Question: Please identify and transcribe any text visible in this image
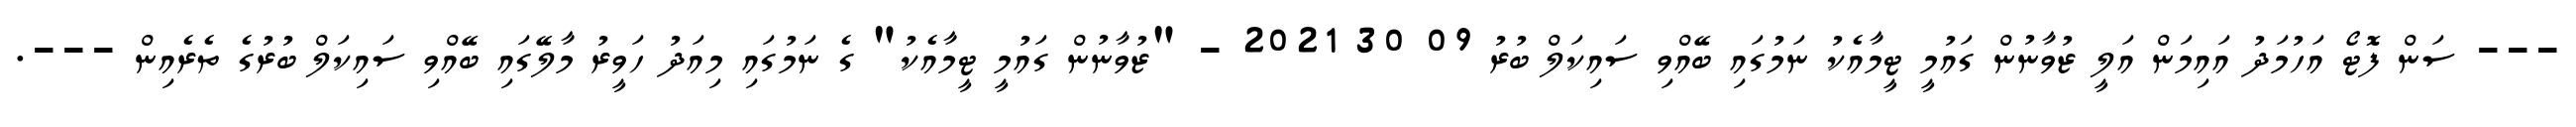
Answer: --- ސަން ފޮޓޯ އަހުމަދު އައިމަން އަލީ ޒުވާނުން ގައުމީ ޓީމާއެކު ނަމުގައި ބޭއްވި ސައިކަލް ބުރު 09 30 2021 - "ޒުވާނުން ގައުމީ ޓީމާއެކު" ގެ ނަމުގައި މިއަދު ހަވީރު މާލޭގައި ބޭއްވި ސައިކަލް ބުރުގެ ތެރެއިން ---.